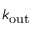
k _ { \mathrm { o u t } }